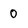
Character: 0